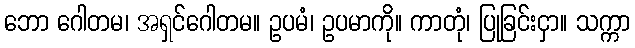
ဘော ဂေါတမ၊ အရှင်ဂေါတမ။ ဥပမံ၊ ဥပမာကို။ ကာတုံ၊ ပြုခြင်းငှာ။ သက္ကာ